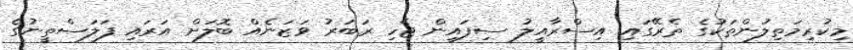
މިކުރިމަތިލުންތަކުގެ ތެރޭގައި އިސްރާއީލު ސިފައިން ޖެހި ރަބަރު ވަޒަނެއް ބޮލަށް އަރައި ފަލަސްތީނުގެ